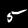
Digit: 5